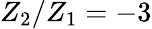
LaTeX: Z_{2}/Z_{1}=-3